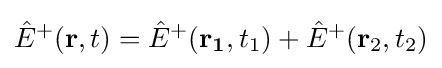
{\hat {E}}^{+}(\mathbf {r} ,t)={\hat {E}}^{+}(\mathbf {r_{1}} ,t_{1})+{\hat {E}}^{+}(\mathbf {r} _{2},t_{2})